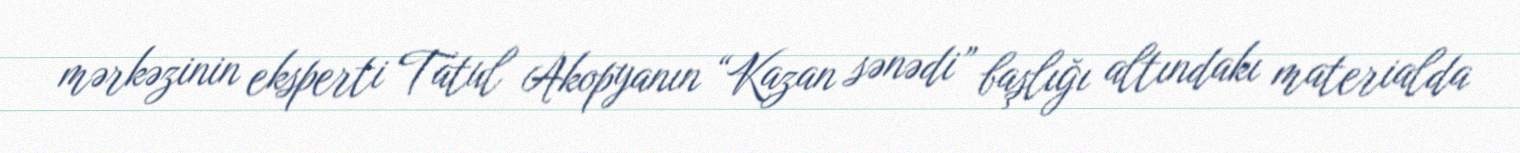
mərkəzinin eksperti Tatul Akopyanın “Kazan sənədi” başlığı altındakı materialda